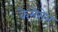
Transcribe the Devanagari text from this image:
कैमेरोन